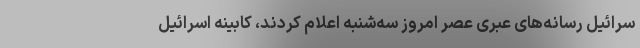
سرائیل رسانه‌های عبری عصر امروز سه‌شنبه اعلام کردند،‌ کابینه اسرائیل